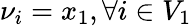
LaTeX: \nu_{i}=x_{1},\forall i\in V_{1}